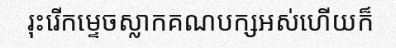
រុះរើកម្ទេចស្លាកគណបក្សអស់ហើយក៏